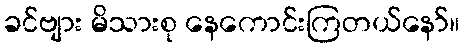
ခင်ဗျား မိသားစု နေကောင်းကြတယ်နော်။